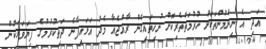
އަދި އެ ނިންމުންތަކަށް ހުރުމަތްތެރިކޮށް ނުހިތައިގެން ރާއްޖެއާ މެދު އަޅައިފާނެ ދަތިކުރުމުގެ ފިޔަވަޅަކުން